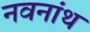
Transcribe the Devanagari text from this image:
नवनांथ